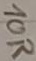
Text: 10R